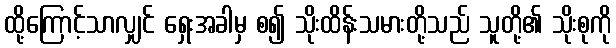
ထို့ကြောင့်သာလျှင် ရှေးအခါမှ စ၍ သိုးထိန်းသမားတို့သည် သူတို့၏ သိုးစုကို